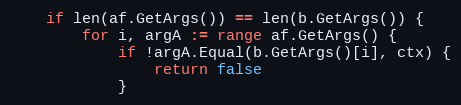
Language: Go
	if len(af.GetArgs()) == len(b.GetArgs()) {
		for i, argA := range af.GetArgs() {
			if !argA.Equal(b.GetArgs()[i], ctx) {
				return false
			}